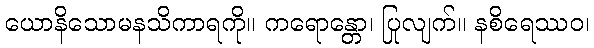
ယောနိသောမနသိကာရကို။ ကရောန္တော၊ ပြုလျက်။ နစိရေဿဝ၊